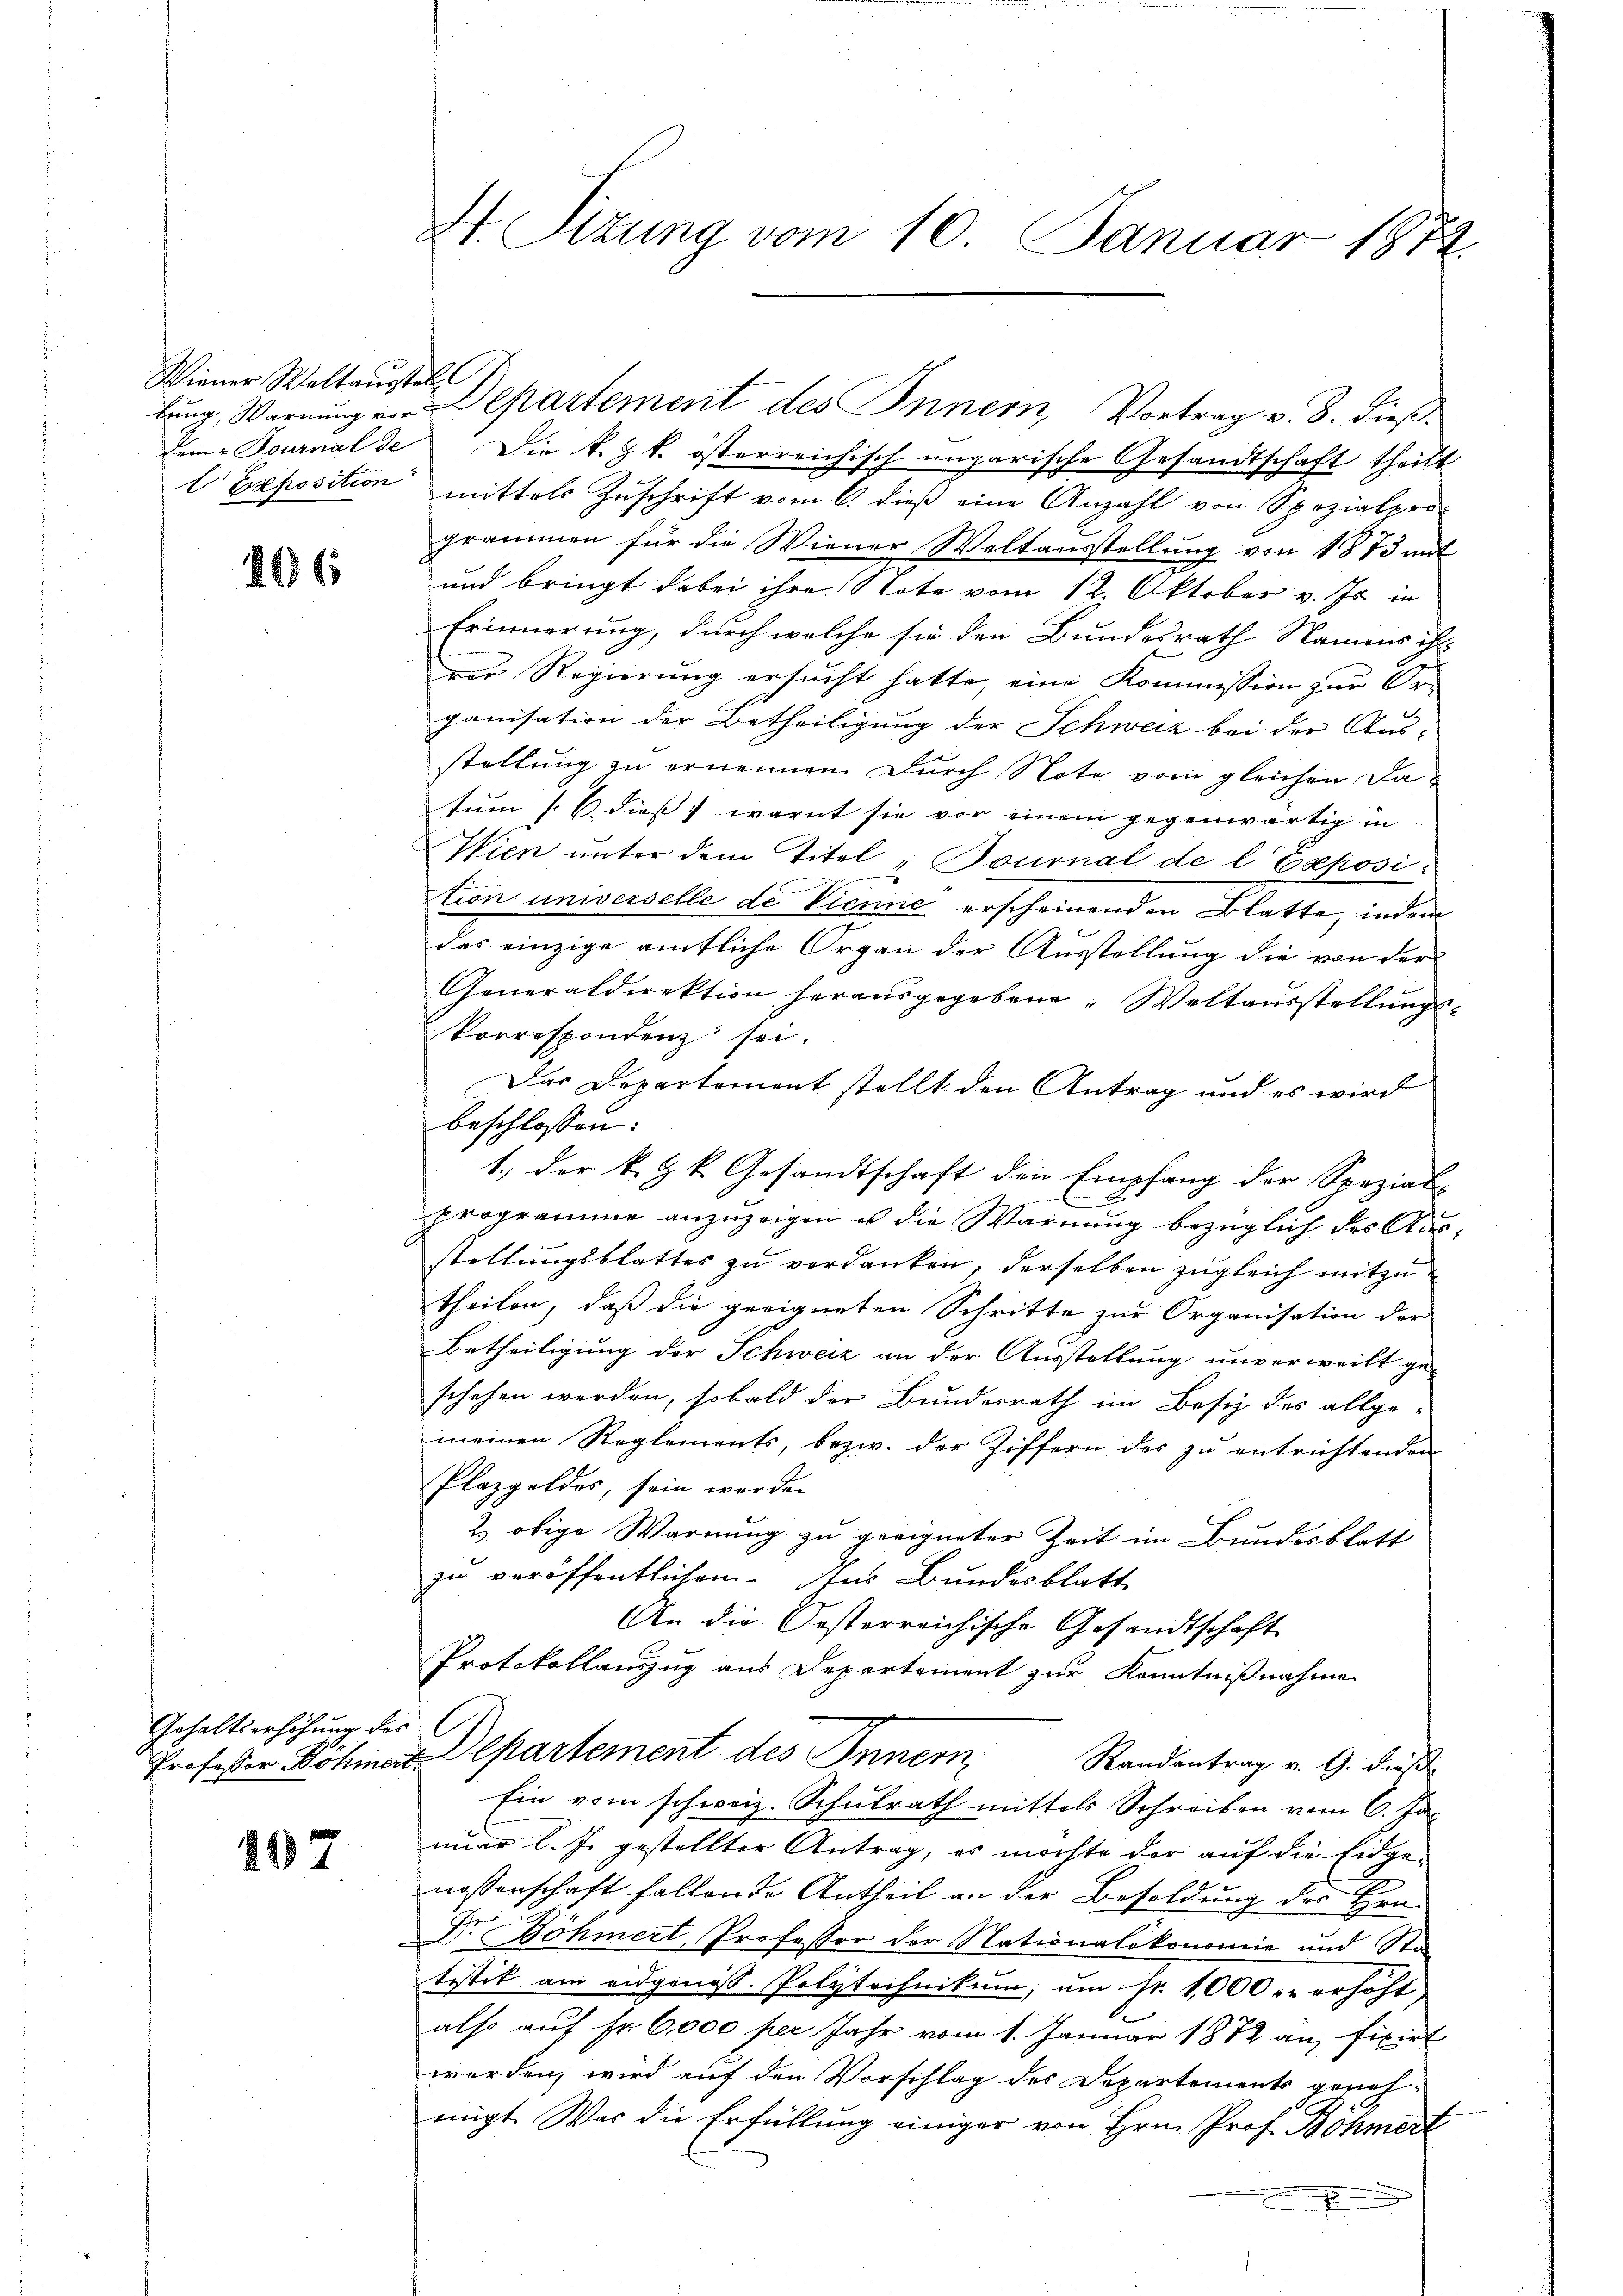
Wiener Weltausstell

206

Gehaltserhöhung des

407

dem. Tournal de Die k. k. österreichisch ungarische Gesandtschaft theilt
l Exposition mittels Zŭschrift vom 6. dieβ eine Anzahl von Spezialprogrammen für die Wiener Weltausstellung von 1873 mit
und bringt dabei ihre Note vom 12. Oktober v. Js. in
Erinnerung, durch welche sie den Bundesrath Namens ist
ver Regierung ersucht hatte, eine Kommission zur Or¬
2
ganisation der Betheiligung der Schweiz bei der Aus-
stellung zu ernennen. Durch Note vom gleichen Datum [S. dies warnt sie vor einem gegenwärtig in
Wien unter dem Titel & Bournal de l. Exposiction universelle de Vienne erscheinenden Blatte, indem
das einzige amtliche Organ der Ausstellung die von der
Generaldirektion herausgegebene Weltausstellungskorrespondenz sei.
Das Departement stellt den Antrag und es wird
beschlossen: |
1., der k. k. Gesandtschaft den Empfang der Spezial-
programme anzuzeigen u die Warnung bezüglich des Ausstellungsblattes zu verdanken, derselben zugleich mitzutheilen, daß die geeigneten Schritte zur Organisation der
Betheiligung der Schweiz an der Ausstellung unverweilt ge-
schehen werden, sobald der Bundesrath im Besiz des allge-
meinen Reglements, bezw. der Ziffern der zu entrichtenden
Plazgeldes, sein werden
2) obige Warnung zu geeigneter Zeit im Bundesblatt
zu veröffentlichen Ins Bundesblatt
An die Oesterreichische Gesandtschaft
Protokollauszug aus Departement zur Kenntnißnahme
Professor Bohnert Alpartement des Innern
Randantrag v. 9. dieß
Ein vom schweiz. Schulrath mittels Schreiben vom 6. Janar l. J. gestellter Antrag, es möchte der auf die Eidge-
nossenschaft fallende Antheil an der Besoldung des Hrn.
Dr Böhmert, Professor der Nationalökonomie und Sta
tistik am eidgenöss. Polytechnikum, um Fr. 1000 er erhöht
also auf Fr. 6,000 per Jahr vom 1. Januar 1872 an fixirt
werden, wird auf den Vorschlag des Departements genehmigt. Was die Erfüllung einiger von Hrn. Prof. Böhmert
.

H. Sizung vom 10. Januar 1874.

lŭng, Warnung von Departement des Innern, Vortrag v. 8. dieß¬